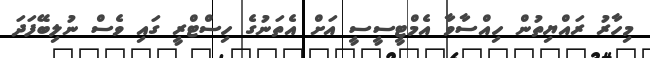
މިހާރު ރައްޔިތުން ހިއްސާވާ އެމްޓީސީސީ އަށް އެތަނުގެ ހިސްޓްރީ ގައި ވެސް ނުލިބޭފަދަ